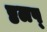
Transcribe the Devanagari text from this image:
ष्ठलष्